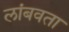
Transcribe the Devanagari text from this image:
लांबवता